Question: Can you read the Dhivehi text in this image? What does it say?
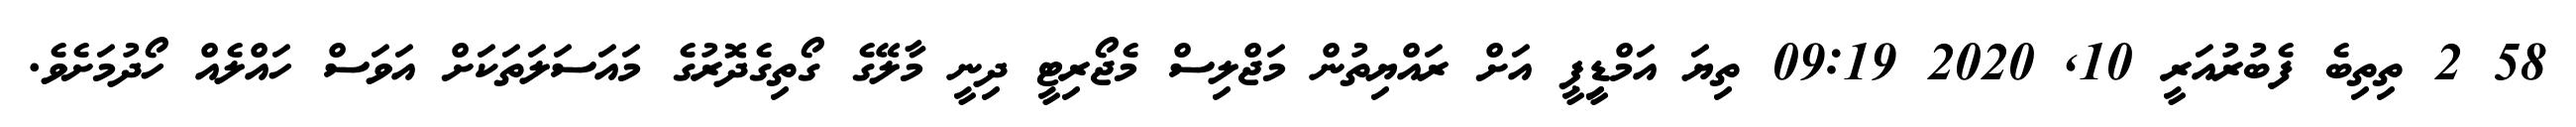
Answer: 58 2 ތިތިބެ ފެބުރުއަރީ 10, 2020 09:19 ތިޔަ އަމްޑިީޕީ އަށް ރައްޔިތުން މަޖްލިސް މެޖޯރިޓީ ދިނީ މާލޭގެ ގޯތިގެދޮރުގެ މައަސަލަތަކަށް އަވަސް ހައްލެއް ހޯދުމަށެވެ.